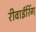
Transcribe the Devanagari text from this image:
रीवाईरिंग